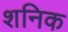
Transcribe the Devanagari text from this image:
शनिक